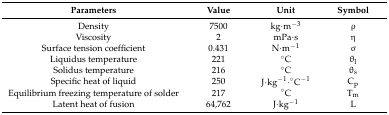
<table><thead><tr><td><b>Parameters</b></td><td><b>Value</b></td><td><b>Unit</b></td><td><b>Symbol</b></td></tr></thead><tbody><tr><td>Density</td><td>7500</td><td>kg∙m<sup>−3</sup></td><td>ρ</td></tr><tr><td>Viscosity</td><td>2</td><td>mPa∙s</td><td>η</td></tr><tr><td>Surface tension coefficient</td><td>0.431</td><td>N∙m<sup>−1</sup></td><td>σ</td></tr><tr><td>Liquidus temperature</td><td>221</td><td>°C</td><td>θ<sub>l</sub></td></tr><tr><td>Solidus temperature</td><td>216</td><td>°C</td><td>θ<sub>s</sub></td></tr><tr><td>Specific heat of liquid</td><td>250</td><td>J∙kg<sup>−1</sup>∙°C<sup>−1</sup></td><td>C<sub>p</sub></td></tr><tr><td>Equilibrium freezing temperature of solder</td><td>217</td><td>°C</td><td>T<sub>m</sub></td></tr><tr><td>Latent heat of fusion</td><td>64,762</td><td>J∙kg<sup>−1</sup></td><td>L</td></tr></tbody></table>